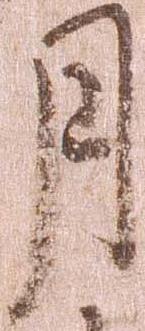
月